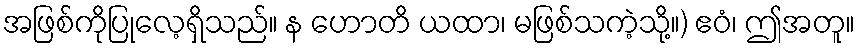
အဖြစ်ကိုပြုလေ့ရှိသည်။ န ဟောတိ ယထာ၊ မဖြစ်သကဲ့သို့။) ဧဝံ၊ ဤအတူ။